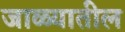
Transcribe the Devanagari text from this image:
जाळ्यातील